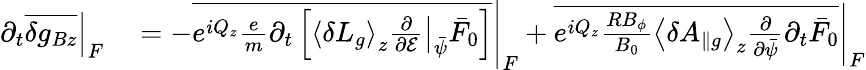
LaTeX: \begin{array}{rl}{\partial_{t}\left.\overline{{\delta g_{Bz}}}\right|_{F}}&{{}=-\left.\overline{{e^{iQ_{z}}\frac{e}{m}\partial_{t}\left[\left\langle\delta L_{g}\right\rangle_{z}\left.\frac{\partial}{\partial{\cal E}}\right|_{\bar{\psi}}\bar{F}_{0}\right]}}\right|_{F}+\left.\overline{{e^{iQ_{z}}\frac{RB_{\phi}}{B_{0}}\left\langle\delta A_{\parallel g}\right\rangle_{z}\frac{\partial}{\partial\bar{\psi}}\partial_{t}\bar{F}_{0}}}\right|_{F}}\end{array}